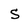
Character: S